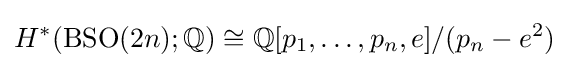
H^{*}(\operatorname {BSO} (2n);\mathbb {Q} )\cong \mathbb {Q} [p_{1},\ldots ,p_{n},e]/(p_{n}-e^{2})